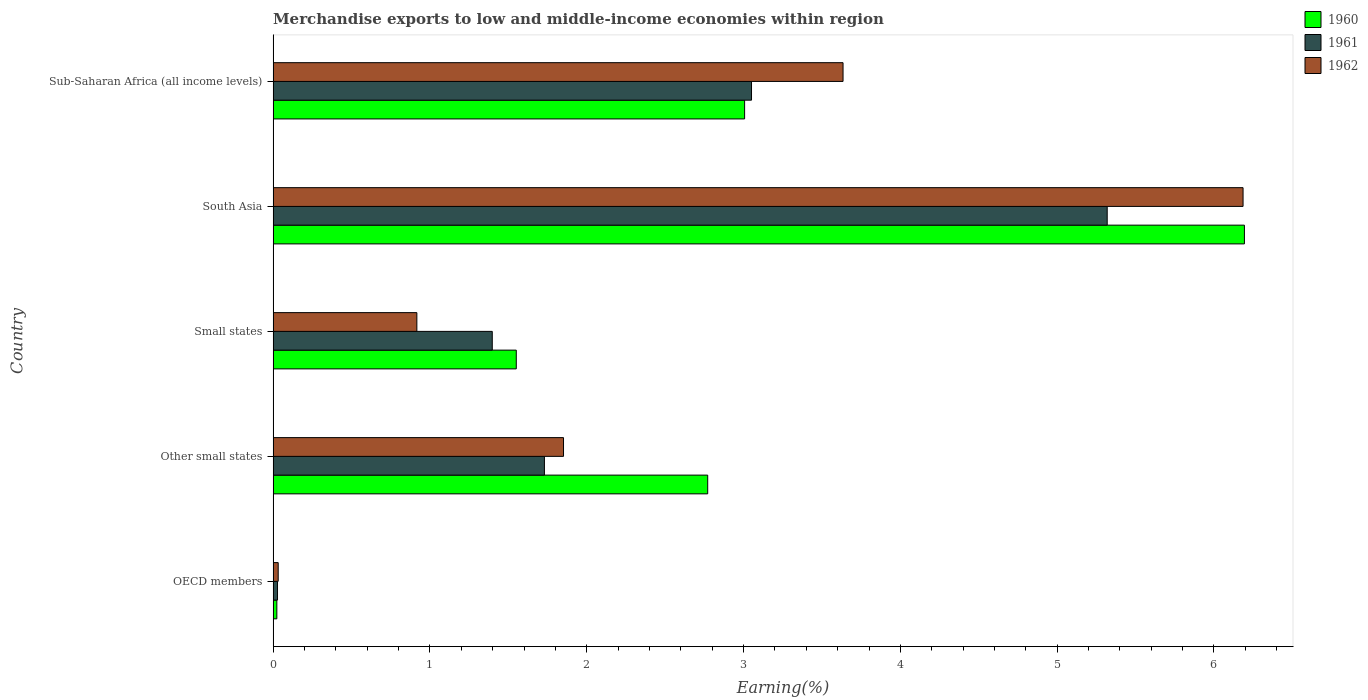
| Country | 1960 | 1961 | 1962 |
 | --- | --- | --- | --- |
 | OECD members | 0.0238 | 0.028 | 0.0324 |
 | Other small states | 2.77 | 1.73 | 1.85 |
 | Small states | 1.55 | 1.4 | 0.917 |
 | South Asia | 6.19 | 5.32 | 6.19 |
 | Sub-Saharan Africa (all income levels) | 3.01 | 3.05 | 3.63 |